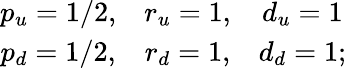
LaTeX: \begin{array}{ccc}{{p_{u}=1/2,}}&{{r_{u}=1,}}&{{d_{u}=1}}\\ {{p_{d}=1/2,}}&{{r_{d}=1,}}&{{d_{d}=1;}}\end{array}